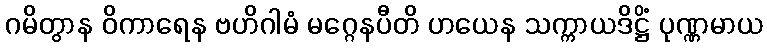
ဂမိတွာန ဝိကာရေန ဗဟိဂါမံ မဂ္ဂေနပီတိ ဟယေန သက္ကာယဒိဋ္ဌိံ ပုဏ္ဏမာယ